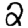
Digit: 2